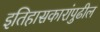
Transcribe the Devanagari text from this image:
इतिहासकारांपुढील